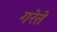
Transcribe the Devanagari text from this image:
गरेते